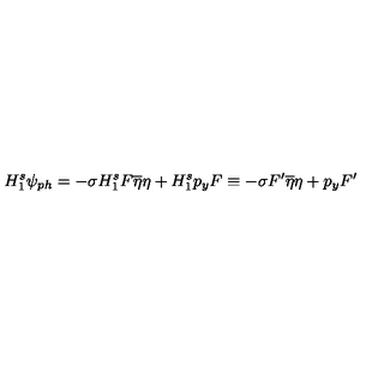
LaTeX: H _ { 1 } ^ { s } \psi _ { p h } = - \sigma H _ { 1 } ^ { s } F \overline { { \eta } } \eta + H _ { 1 } ^ { s } p _ { y } F \equiv - \sigma F ^ { \prime } \overline { { \eta } } \eta + p _ { y } F ^ { \prime }